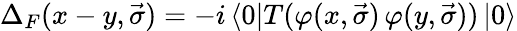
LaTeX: {\Delta}_{F}(x-y,\vec{\sigma})=-i\left<0\right|T(\varphi(x,\vec{\sigma})\, \varphi(y,\vec{\sigma}))\left|0\right>